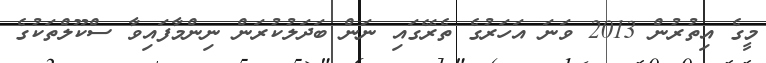
މީގެ އިތުރުން 2013 ވަނަ އަހަރުގެ ތެރޭގައި ނަން ބަދަލުކުރަން ނިންމާފައިވާ ސްކޫލްތަކުގެ